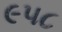
૯૫૮